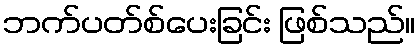
ဘက်ပတ်စ်ပေးခြင်း ဖြစ်သည်။